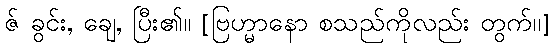
ဇ် ခွင်း, ချေ, ပြီး၏။ [ဗြဟ္မာနော စသည်ကိုလည်း တွက်၊၊]